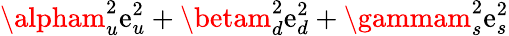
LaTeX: \alpham_{u}^{2}\mathrm{e}_{u}^{2}+\betam_{d}^{2}\mathrm{e}_{d}^{2}+\gammam_{s}^{2}\mathrm{e}_{s}^{2}